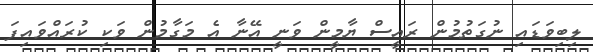
ލިބިވަޑައި ނުގަތުމުން ރައީސް ޔާމީން ވަނީ އޭނާ އެ މަގާމުން ވަކި ކުރައްވައިފަ